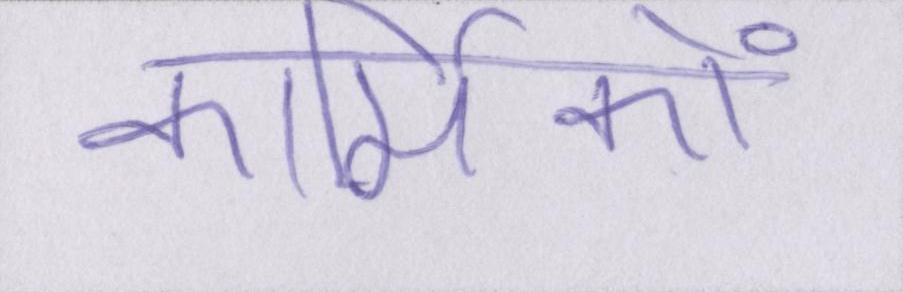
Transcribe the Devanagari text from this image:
कार्मिकों